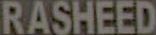
RASHEED